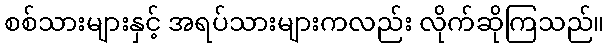
စစ်သားများနှင့် အရပ်သားများကလည်း လိုက်ဆိုကြသည်။